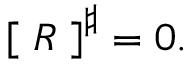
\left[ \; R \; \right] ^ { \sharp } = 0 .